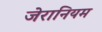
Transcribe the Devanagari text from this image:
जेरानियम